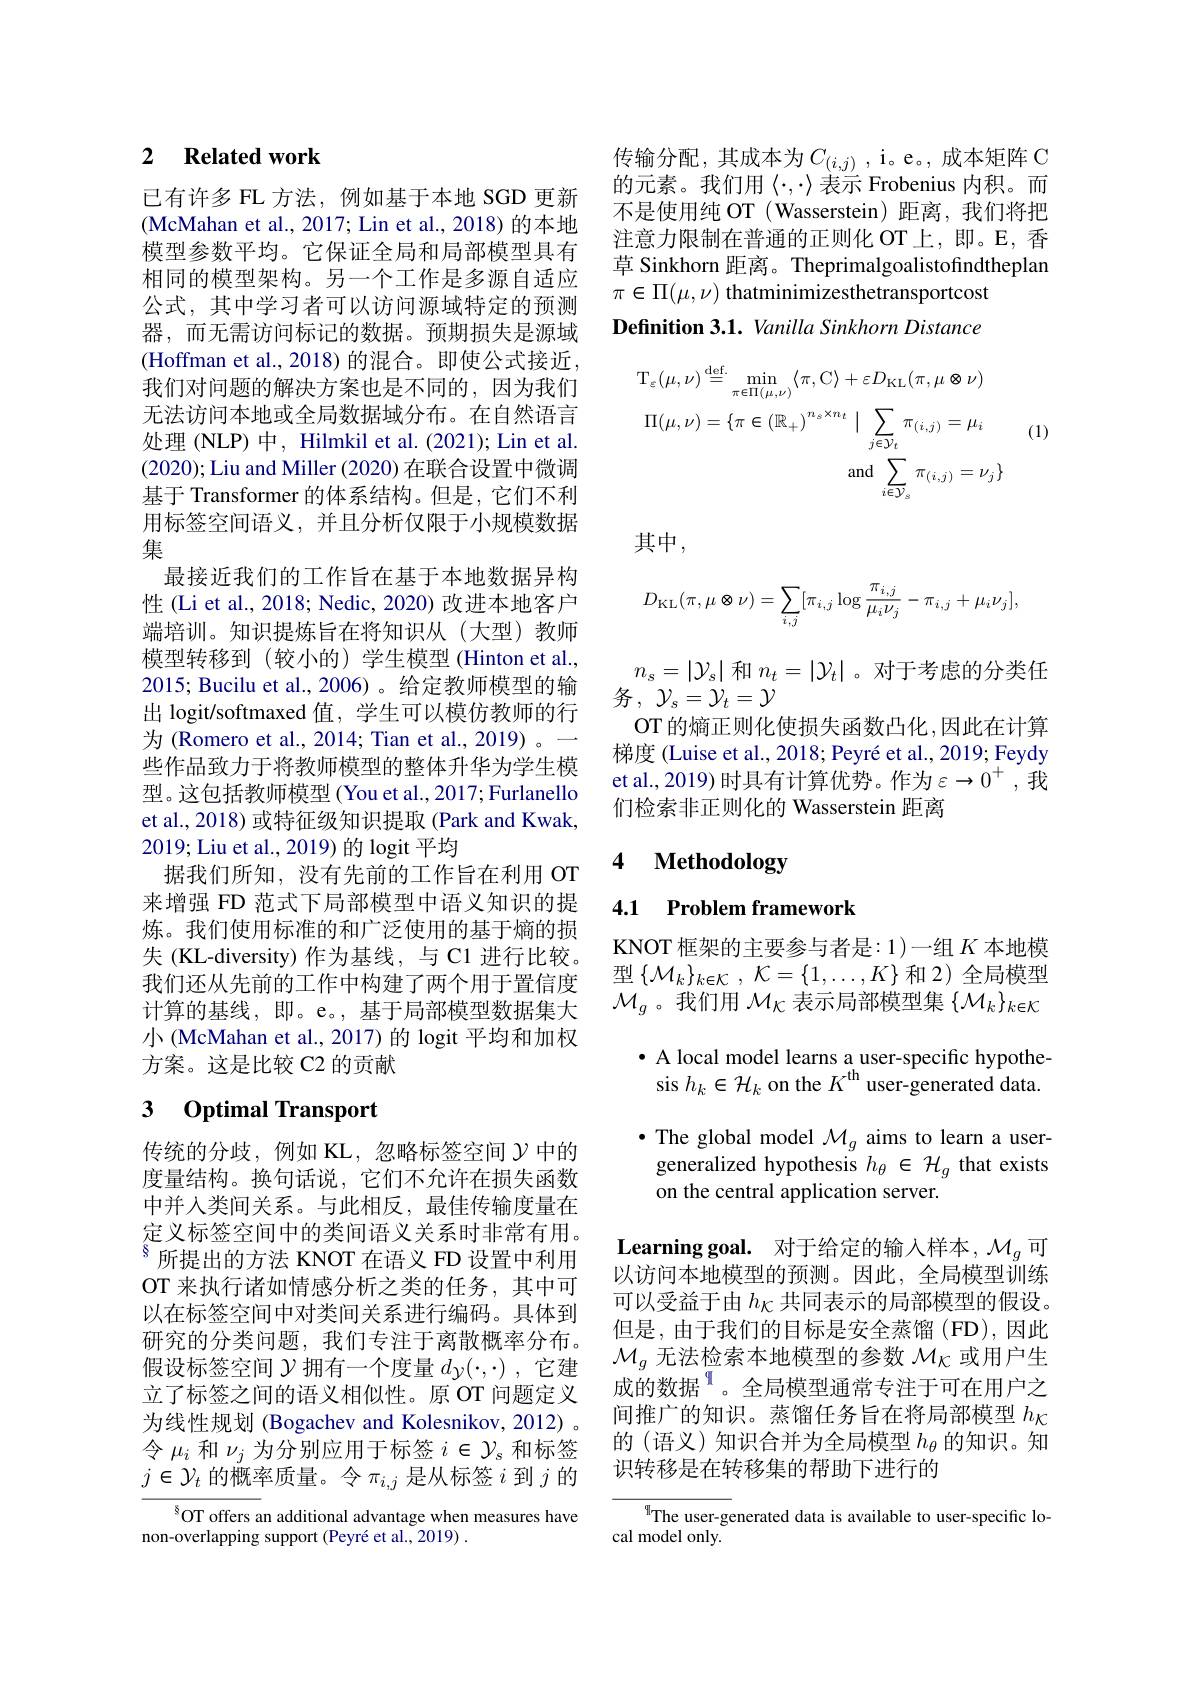
## 2 Related work

已有许多 FL 方法，例如基于本地 SGD 更新(McMahan et al., 2017; Lin et al., 2018) 的本地模型参数平均。它保证全局和局部模型具有相同的模型架构。另一个工作是多源自适应公式，其中学习者可以访问源域特定的预测器，而无需访问标记的数据。预期损失是源域(Hoffman et al., 2018) 的混合。即使公式接近， 我们对问题的解决方案也是不同的，因为我们无法访问本地或全局数据域分布。在自然语言处理 (NLP) 中，Hilmkil et al. (2021); Lin et al. (2020);Liu and Miller (2020) 在联合设置中微调基于 Transformer 的体系结构。但是，它们不利用标签空间语义，并且分析仅限于小规模数据集
最接近我们的工作旨在基于本地数据异构性 (Li et al., 2018; Nedic, 2020) 改进本地客户端培训。知识提炼旨在将知识从(大型)教师模型转移到 (较小的) 学生模型 (Hinton et al., 2015; Bucilu et al., 2006) 。给定教师模型的输出 logit/softmaxed 值，学生可以模仿教师的行为(Romero et al., 2014; Tian et al., 2019)。— 些作品致力于将教师模型的整体升华为学生模型。这包括教师模型 (You et al.,2017; Furlanello et al., 2018) 或特征级知识提取 (Park and Kwak, 2019;Liu et al., 2019) 的 logit 平均
据我们所知，没有先前的工作旨在利用 OT 来增强 FD 范式下局部模型中语义知识的提炼。我们使用标准的和广泛使用的基于熵的损失 (KL-diversity) 作为基线，与 C1 进行比较。我们还从先前的工作中构建了两个用于置信度计算的基线，即。e。, 基于局部模型数据集大小 (McMahan et al., 2017) 的 logit 平均和加权方案。这是比较 C2 的贡献

# 3 Optimal Transport

传统的分歧，例如 KL,忽略标签空间$\gamma$中的度量结构。换句话说，它们不允许在损失函数中并入类间关系。与此相反，最佳传输度量在定义标签空间中的类间语义关系时非常有用。$^{8}$所提出的方法 KNOT 在语义 FD 设置中利用OT 来执行诸如情感分析之类的任务，其中可以在标签空间中对类间关系进行编码。具体到研究的分类问题，我们专注于离散概率分布。假设标签空间$\mathcal{Y}$拥有一个度量$d_y(\cdot,\cdot)$ ,它建立了标签之间的语义相似性。原 OT 问题定义为线性规划 (Bogachev and Kolesnikov, 2012) 。令$\mu_i$和$\nu_j$为分别应用于标签$i\in\mathcal{Y}_s$和标签$j\in\mathcal{Y}_t$的概率质量。令$\pi_i,j$是从标签$i$到$j$的

$^{8}$OT offers an additional advantage when measures have
non-overlapping support (Peyré et al., 2019) .

传输分配，其成本为$C_(i,j)$,i。e。成本矩阵 C 的元素。我们用$\langle\cdot,\cdot\rangle$表示 Frobenius 内积。而不是使用纯 OT ( Wasserstein) 距离，我们将把注意力限制在普通的正则化 OT 上，即。E, 香草 Sinkhorn 距离。Theprimalgoalistofindtheplan $\pi\in\Pi(\mu,\nu)$ thatminimizesthetransportcost Definition 3.1. Vanilla Sinkhorn Distance
$$\mathrm{T}_{\varepsilon}(\mu,\nu)\stackrel{\mathrm{def.}}{=}\operatorname*{min}_{\pi\in\Pi(\mu,\nu)}\langle\pi,\mathrm{C}\rangle+\varepsilon D_{\mathrm{KL}}(\pi,\mu\otimes\nu)\\\Pi(\mu,\nu)=\{\pi\in(\mathbb{R}_{+})^{n_{s}\times n_{t}}\mid\sum_{j\in\mathcal{Y}_{t}}\pi_{(i,j)}=\mu_{i}\\\mathrm{and}\sum_{i\in\mathcal{Y}_{s}}\pi_{(i,j)}=\nu_{j}\}$$
(1)

其中，
$$D_{\mathrm{KL}}(\pi,\mu\otimes\nu)=\sum_{i,j}[\pi_{i,j}\log\frac{\pi_{i,j}}{\mu_{i}\nu_{j}}-\pi_{i,j}+\mu_{i}\nu_{j}],$$
$n_{s}=|\mathcal{Y}_{s}|$和$n_t=|\mathcal{Y}_t|$。对于考虑的分类任
务，$\mathcal{Y} _s= \mathcal{Y} _t= \mathcal{Y}$
OT 的熵正则化使损失函数凸化，因此在计算梯度 (Luise et al., 2018; Peyré et al., 2019; Feydy et al., 2019) 时具有计算优势。作为$\varepsilon\to0^+$,我们检索非正则化的 Wasserstein 距离

# 4 Methodology

## 4.1 Problem framework

KNOT 框架的主要参与者是：1)一组$K$本地模型$\left\{\mathcal{M}_k\right\}_{k\in\mathcal{K}},\mathcal{K}=\left\{1,\ldots,K\right\}$和2)全局模型$\mathcal{M}_g$ 。我们用$\mathcal{M}_K$表示局部模型集$\{\mathcal{M}_k\}_k\in\mathcal{K}$
$\bullet$ A local model learns a user-specific hypothesis $h_k\in\mathcal{H}_k$ on the $K^\mathrm{th}$ user-generated data. $\bullet$ The global model $\mathcal{M}_g$ aims to learn a usergeneralized hypothesis $h_\theta\in\mathcal{H}_g$ that exists on the central application server.

Learning goal. 对于给定的输入样本，$\mathcal{M}_g$可以访问本地模型的预测。因此，全局模型训练可以受益于由$h_\mathrm{\kappa}$共同表示的局部模型的假设。但是，由于我们的目标是安全蒸馏(FD),因此$\mathcal{M}_g$无法检索本地模型的参数$\mathcal{M}_\mathrm{\kappa}$或用户生成的数据$^{9}$。全局模型通常专注于可在用户之间推广的知识。蒸馏任务旨在将局部模型$h_\mathrm{\kappa}$ 的(语义)知识合并为全局模型$h_\mathrm{\theta}$的知识。知识转移是在转移集的帮助下进行的

The user-generated data is available to user-specific lo-
cal model only